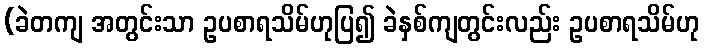
(ခဲတကျ အတွင်းသာ ဥပစာရသိမ်ဟုပြ၍ ခဲနှစ်ကျတွင်းလည်း ဥပစာရသိမ်ဟု